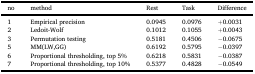
| no | method | Rest | Task | Difference |
 | --- | --- | --- | --- | --- |
 | 1 | Empirical precision | 0.0945 | 0.0976 | +0.0031 |
 | 2 | Ledoit-Wolf | 0.1012 | 0.1055 | +0.0043 |
 | 3 | Permutation testing | 0.5181 | 0.4506 | −0.0675 |
 | 5 | MM(LW,GG) | 0.6192 | 0.5795 | −0.0397 |
 | 6 | Proportional thresholding, top 5% | 0.6218 | 0.5831 | −0.0387 |
 | 7 | Proportional thresholding, top 10% | 0.5377 | 0.4828 | −0.0549 |